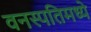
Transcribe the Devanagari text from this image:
वनस्पतिमध्ये